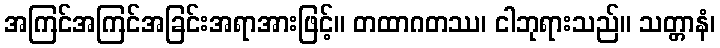
အကြင်အကြင်အခြင်းအရာအားဖြင့်။ တထာဂတဿ၊ ငါဘုရားသည်။ သတ္တာနံ၊